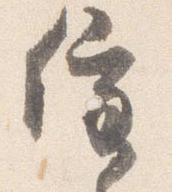
催